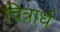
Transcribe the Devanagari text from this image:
चित्रार्ध